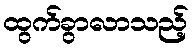
ထွက်ခွာလာသည့်